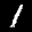
Label: 1